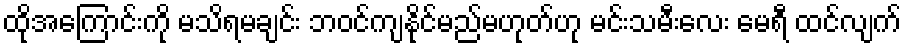
ထိုအကြောင်းကို မသိရမချင်း ဘဝင်ကျနိုင်မည်မဟုတ်ဟု မင်းသမီးလေး မေရီ ထင်လျက်